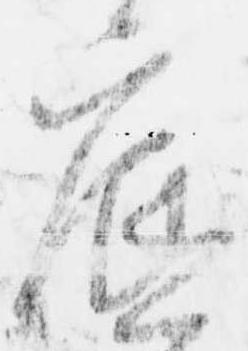
底